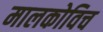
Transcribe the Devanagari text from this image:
मालकोविच